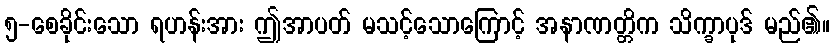
၅-စေခိုင်းသော ရဟန်းအား ဤအာပတ် မသင့်သောကြောင့် အနာဏတ္တိက သိက္ခာပုဒ် မည်၏။